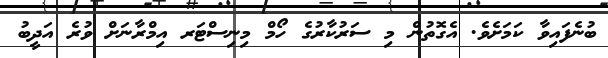
ބުނެފައިވާ ކަމަށެވެ. އެގޮތުން މި ސަރުކާރުގެ ހޯމް މިނިސްޓަރ އިމްރާނަށް ވުރެ އަދީބު